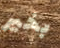
بخير